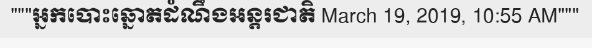
"""អ្នកបោះឆ្នោតដំណឹងអន្តរជាតិ March 19, 2019, 10:55 AM"""